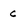
Character: c